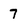
Character: 7